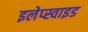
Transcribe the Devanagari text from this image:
इलेप्स्वाइड